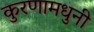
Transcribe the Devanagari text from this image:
कुरणामधुनी